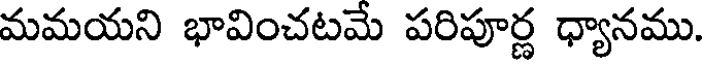
మమయని భావించటమే పరిపూర్ణ ధ్యానము.